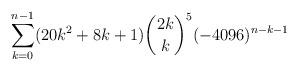
LaTeX: \begin{align*}\sum_{k=0}^{n-1}(20k^2+8k+1){\binom{2k}{k}}^5 (-4096)^{n-k-1}\end{align*}